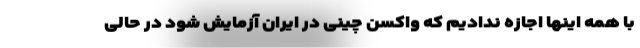
با همه اینها اجازه ندادیم که واکسن چینی در ایران آزمایش شود در حالی